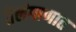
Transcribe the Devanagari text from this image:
तेलंगाणात